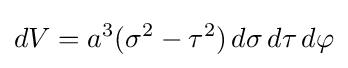
dV=a^{3}(\sigma ^{2}-\tau ^{2})\,d\sigma \,d\tau \,d\varphi